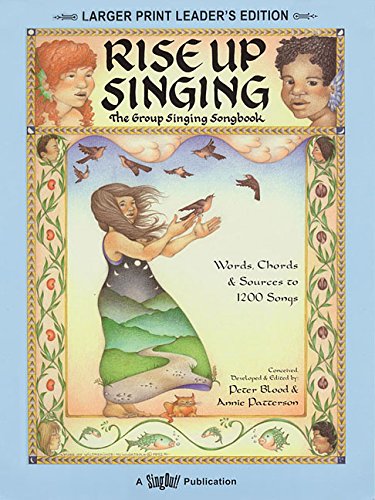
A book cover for Rise Up Singing - The Group Singing Songbook: Large Print Leader's Edition; Humor & Entertainment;